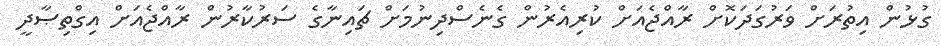
ގުޅުން އިތުރަށް ވަރުގަދަކޮށް ރާއްޖެއަށް ކުރިއެރުން ގެނެސްދިނުމަށް ޗައިނާގެ ސަރުކާރުން ރާއްޖެއަށް އިގްތިޞާދީ